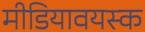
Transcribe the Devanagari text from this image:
मीडियावयस्क